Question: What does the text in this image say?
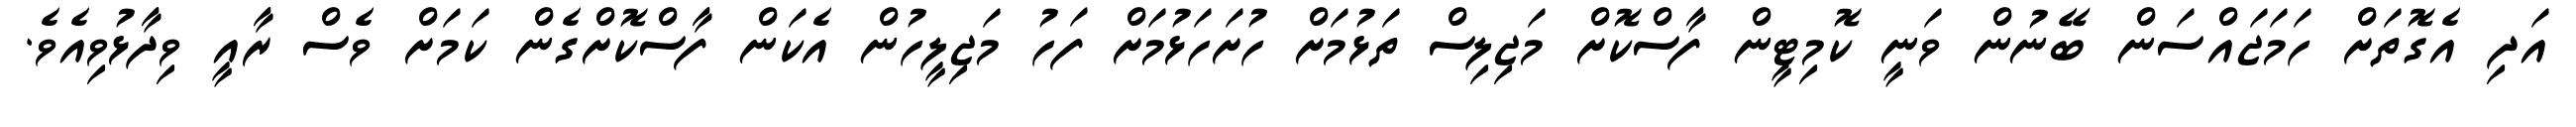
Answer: އަދި އެގޮތަށް ހަމަޖައްސަން ބޭނުން ވަނީ ކޮމިޓީން ފާސްކޮށް މަޖިލިސް ތަޅުމަށް ހުށަހަޅުމަށް ފަހު މަޖިލީހުން އެކަން ފާސްކޮށްގެން ކަމަށް ވެސް ރާއީ ވިދާޅުވިއެވެ.